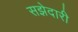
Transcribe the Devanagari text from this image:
सझेदारी